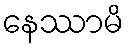
နေဿာမိ